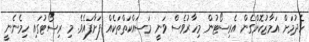
ހެދުމަށް އަމާޒުކޮށްގެން އެރިސޯޓުން މިހާރުވެސް ވަނީ މަސައްކަތްތަކެއް ފަށާފައެވެ. މި ރިސޯޓުގައި ހިމެނެނީ